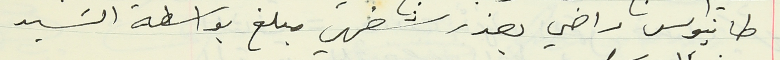
طانيوس راضي بعذر شفهي مبلغ بواسطة السَيد